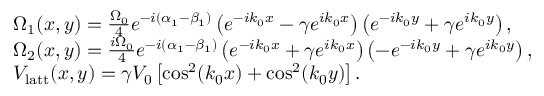
\begin{array} { r l } & { \Omega _ { 1 } ( x , y ) = \frac { \Omega _ { 0 } } { 4 } e ^ { - i ( \alpha _ { 1 } - \beta _ { 1 } ) } \left( e ^ { - i k _ { 0 } x } - \gamma e ^ { i k _ { 0 } x } \right) \left( e ^ { - i k _ { 0 } y } + \gamma e ^ { i k _ { 0 } y } \right) , } \\ & { \Omega _ { 2 } ( x , y ) = \frac { i \Omega _ { 0 } } { 4 } e ^ { - i ( \alpha _ { 1 } - \beta _ { 1 } ) } \left( e ^ { - i k _ { 0 } x } + \gamma e ^ { i k _ { 0 } x } \right) \left( - e ^ { - i k _ { 0 } y } + \gamma e ^ { i k _ { 0 } y } \right) , } \\ & { V _ { \mathrm { { l a t t } } } ( x , y ) = \gamma V _ { 0 } \left[ \cos ^ { 2 } ( k _ { 0 } x ) + \cos ^ { 2 } ( k _ { 0 } y ) \right] . } \end{array}